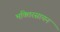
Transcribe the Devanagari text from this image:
भक्तिरसायन